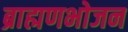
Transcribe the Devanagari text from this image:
ब्राह्मणभोजन